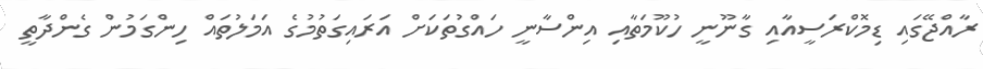
ރާއްޖޭގައި ޑިމޮކްރަސީއާއި ގާނޫނީ ހުކޫމަތާއި އިންސާނީ ހައްގުތަކަށް އަރައިގަތުމުގެ އަމަލުތައް ހިންގަމުން ގެންދާތީ